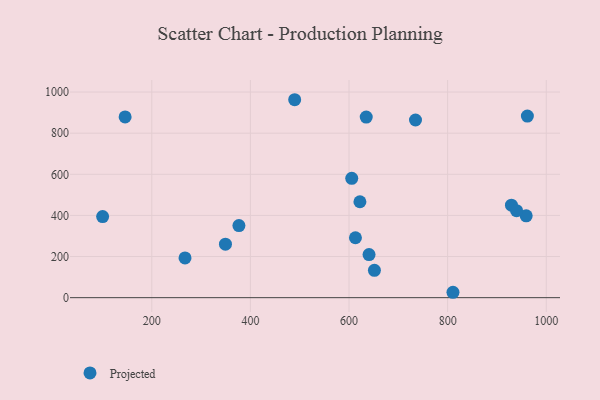
{"axis": {"x": "Speed", "y": "Demand"}, "legend": ["Projected"], "data": [{"x": "810.8", "y": 26.2, "type": "Projected"}, {"x": "961.7", "y": 883.0, "type": "Projected"}, {"x": "267.4", "y": 193.5, "type": "Projected"}, {"x": "622.1", "y": 466.6, "type": "Projected"}, {"x": "100.3", "y": 394.5, "type": "Projected"}, {"x": "734.8", "y": 864.0, "type": "Projected"}, {"x": "959.3", "y": 397.8, "type": "Projected"}, {"x": "929.4", "y": 450.0, "type": "Projected"}, {"x": "349.4", "y": 260.0, "type": "Projected"}, {"x": "640.6", "y": 209.6, "type": "Projected"}, {"x": "613.0", "y": 291.4, "type": "Projected"}, {"x": "939.8", "y": 422.9, "type": "Projected"}, {"x": "634.9", "y": 878.3, "type": "Projected"}, {"x": "145.9", "y": 879.0, "type": "Projected"}, {"x": "651.5", "y": 133.0, "type": "Projected"}, {"x": "376.7", "y": 350.5, "type": "Projected"}, {"x": "489.8", "y": 962.7, "type": "Projected"}, {"x": "605.5", "y": 580.5, "type": "Projected"}]}